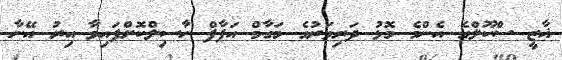
ޣާޒީ ސްކޫލްގެ އެންމެ މޮޅު ދަރިވަރުގެ މަގާމް އަފާފް ހާސިލްކޮށްފައިވާ އިރު އޭނާ